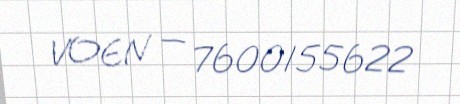
VOEN — 7600155622